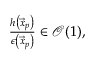
\begin{array} { r } { \frac { h \left( \vec { x } _ { p } \right) } { \epsilon \left( \vec { x } _ { p } \right) } \in \mathcal { O } ( 1 ) , } \end{array}